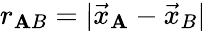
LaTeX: r_{\mathbf{A}B}=|{\vec{{x}}}_{\mathbf{A}}-{\vec{{x}}}_{B}|